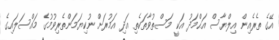
އޭގެ ތެރެއިން އިލްޔާސް އަޙްމަދު އަކީ މަސްތުވާތަކެތި އަދި އަމުރަށް ނުކިޔަމަންތެރިވުމުގެ މައްސަލައިގެ